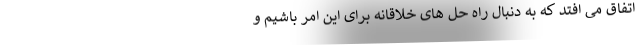
اتفاق می افتد که به دنبال راه حل های خلاقانه برای این امر باشیم و